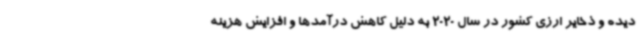
دیده و ذخایر ارزی کشور در سال 2020 به دلیل کاهش درآمدها و افزایش هزینه